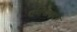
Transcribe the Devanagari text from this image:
रामोपाख्यान